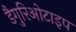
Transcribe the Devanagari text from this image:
डैगुरिओटाइप